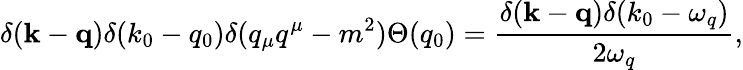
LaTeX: \delta({\mathbf k}-{\mathbf q})\delta(k_{0}-q_{0})\delta(q_{\mu}q^{\mu}-m^{2})\Theta(q_{0})=\frac{\delta({\mathbf k}-{\mathbf q})\delta(k_{0}-\omega_{q})}{2\omega_{q}},